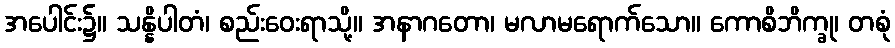
အပေါင်း၌။ သန္နိပါတံ၊ စည်းဝေးရာသို့။ အနာဂတော၊ မလာမရောက်သော။ ကောစိဘိက္ခု၊ တစုံ